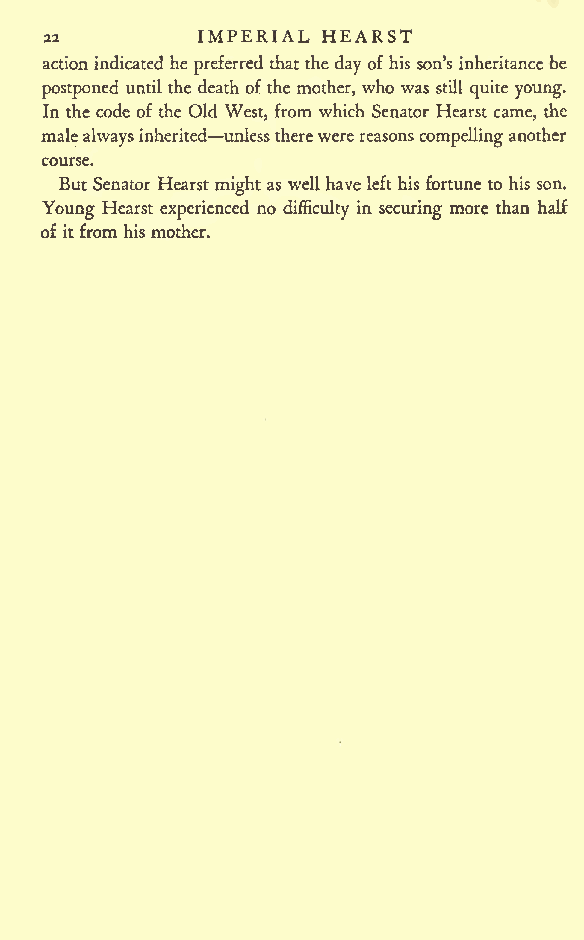
IMPERIAL HEARST
 22
 actionindicated he preferred that the day of his son's inheritance be
 postponed until the death of the mother, who was still quite young.
 In the code of the Old West, from which Senator Hearst came, the
 malealwaysinherited unlesstherewerereasonscompellinganother
 course.
 But Senator Hearst might as well have lefthis fortune to his son.
 Young Hearst experienced no difficulty in securing more than half
 of itfrom his mother.